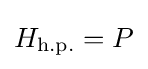
H_{\text{h.p.}}=P